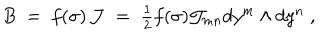
B \; = \; f ( \sigma ) \, \mathcal { J } \; = \; \textstyle { \frac { 1 } { 2 } } f ( \sigma ) \mathcal { J } _ { m n } d y ^ { m } \wedge d y ^ { n } \; ,